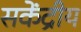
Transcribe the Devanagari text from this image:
सकेंद्रीय